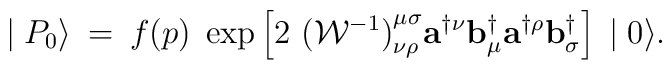
\mid {P}_{0} \rangle \:=\:f(p)\;\exp \left[ 2\,\,{({\cal W}^{-1})}^{\mu\sigma}_{\nu\rho}{\mathbf a}^{\dagger\nu}{\mathbf b}^{\dagger}_{\mu}{\mathbf a}^{\dagger\rho}{\mathbf b}^{\dagger}_{\sigma}\right]\, \mid 0 \rangle.